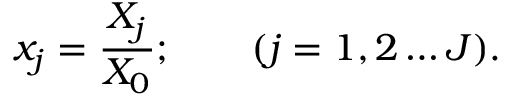
x _ { j } = \frac { X _ { j } } { X _ { 0 } } ; \qquad ( j = 1 , 2 \dots J ) .